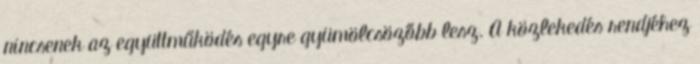
nincsenek az együttműködés egyre gyümölcsözőbb lesz. A közlekedés rendjéhez